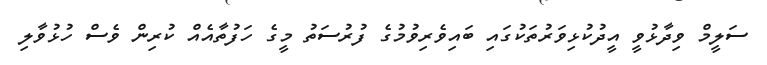
ސަލީމް ވިދާޅުވީ އީދުކުޅިވަރުތަކުގައި ބައިވެރިވުމުގެ ފުރުސަތު މީގެ ހަފުތާއެއް ކުރިން ވެސް ހުޅުވާލި